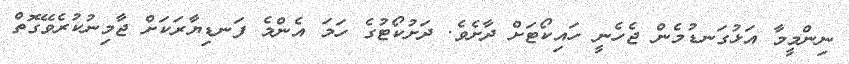
ނިންމީމާ އަޅުގަނޑުމެން ޖެހެނީ ހައިކޯޓަށް ދާށެވެ. ދަށުކޯޓުގެ ހަމަ އެންމެ ފަނޑިޔާރަކަށް ޖާމިނުކުރެވޭގޮތް